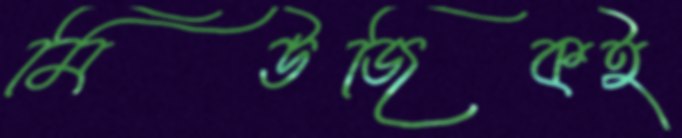
মিউজিকই